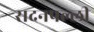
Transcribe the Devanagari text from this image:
सदनपल्ली